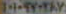
١٠١٠٩٧٠٢٨٧